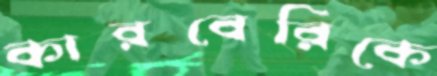
কারবেরিকে